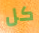
كل